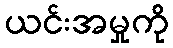
ယင်းအမှုကို